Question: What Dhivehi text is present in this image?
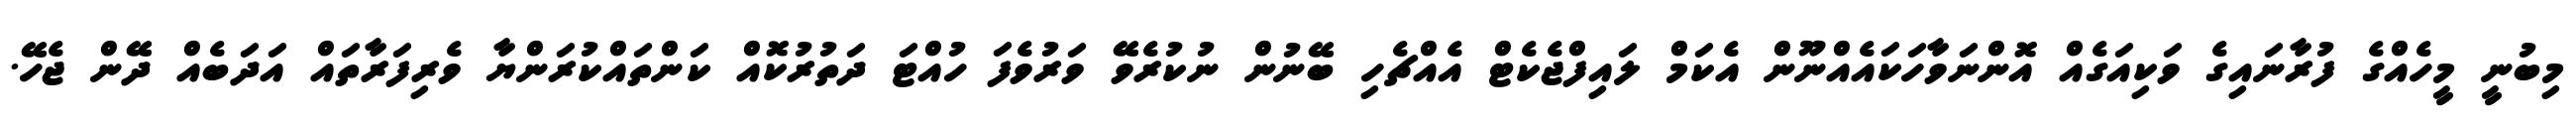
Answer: މިބުނީ މީހެއްގެ ފުރާނައިގެ ވަކިއަގެއް އޮންނަވާހަކައެއްނޫން އެކަމް ލައިފްޖެކެޓް އެއްޗެހި ބޭނުން ނުކުރެވޭ ވަރުވެފަ ހުއްޓަ ދަތުރުކޮއް ކަންތައްކުރަންޔާ ވެރިފަރާތައް އަދަބެއް ދޭން ޖެހޭ.